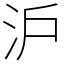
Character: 沪